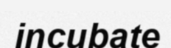
incubate